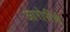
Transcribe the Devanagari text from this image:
आरोपींची